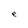
Character: e